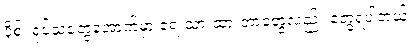
ပိုစ့်၊ ရုပ်သံတွေအောက်မှာ ရေးသားထားတာတွေလည်း တွေ့ရပါတယ်။